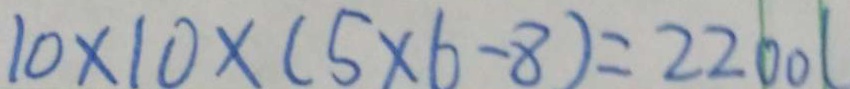
1 0 \times 1 0 \times ( 5 \times 6 - 8 ) = 2 2 0 0 l